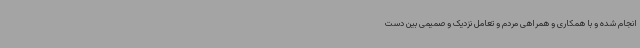
انجام شده و با همکاری و همراهی مردم و تعامل نزدیک و صمیمی بین دست